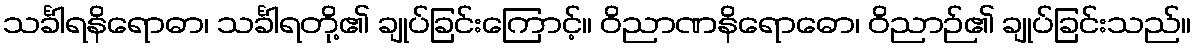
သင်္ခါရနိရောဓာ၊ သင်္ခါရတို့၏ ချုပ်ခြင်းကြောင့်။ ဝိညာဏနိရောဓော၊ ဝိညာဉ်၏ ချုပ်ခြင်းသည်။